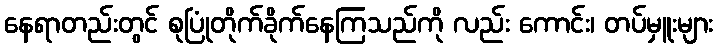
နေရာတည်းတွင် စုပြုံတိုက်ခိုက်နေကြသည်ကို လည်း ကောင်း၊ တပ်မှူးများ